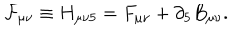
LaTeX: { \cal F } _ { \mu \nu } \equiv H _ { \mu \nu 5 } = F _ { \mu \nu } + \partial _ { 5 } B _ { \mu \nu } .